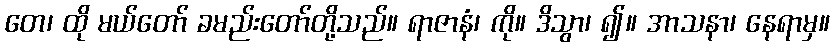
တေ၊ ထို မယ်တော် ခမည်းတော်တို့သည်။ ရာဇာနံ၊ ကို။ ဒိသွာ၊ ၍။ အာသနာ၊ နေရာမှ။